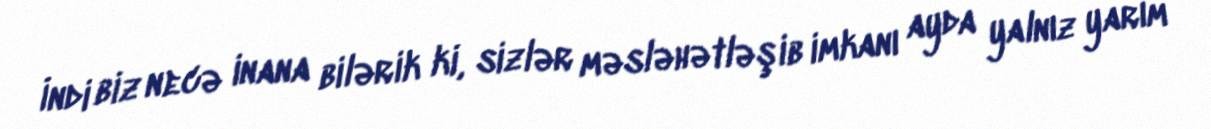
İndi biz necə inana bilərik ki, sizlər məsləhətləşib imkanı ayda yalnız yarım